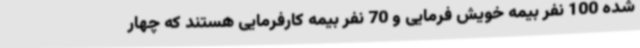
شده 100 نفر بیمه خویش فرمایی و 70 نفر بیمه کارفرمایی هستند که چهار